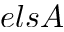
e l s A